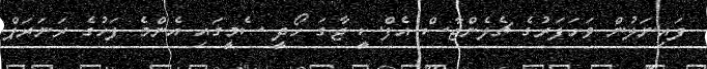
ފައިނަލުން ވަށަފަރުގެ ޗެލެންޖާސް އެފްސީ ޖާގަ ހޯދީ ސެމީގައި އެންމެ ފަހުގެ ރަނަރަޕް